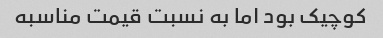
کوچیک بود اما به نسبت قیمت مناسبه